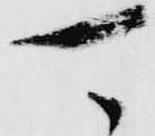
可